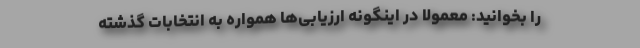
را بخوانید: معمولا در اینگونه ارزیابی‌ها همواره به انتخابات گذشته